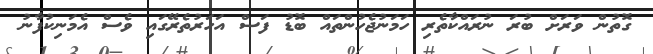
ގޮތުން ވަރަށް ބުރަ ނުރައްކާތެރި ހަމަނުޖެހުންތައް ބޮޑު ފަސް އަހަރުތެރޭގައި ވެސް އެމަނިކުފާނު